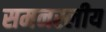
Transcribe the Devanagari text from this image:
समनस्लीय